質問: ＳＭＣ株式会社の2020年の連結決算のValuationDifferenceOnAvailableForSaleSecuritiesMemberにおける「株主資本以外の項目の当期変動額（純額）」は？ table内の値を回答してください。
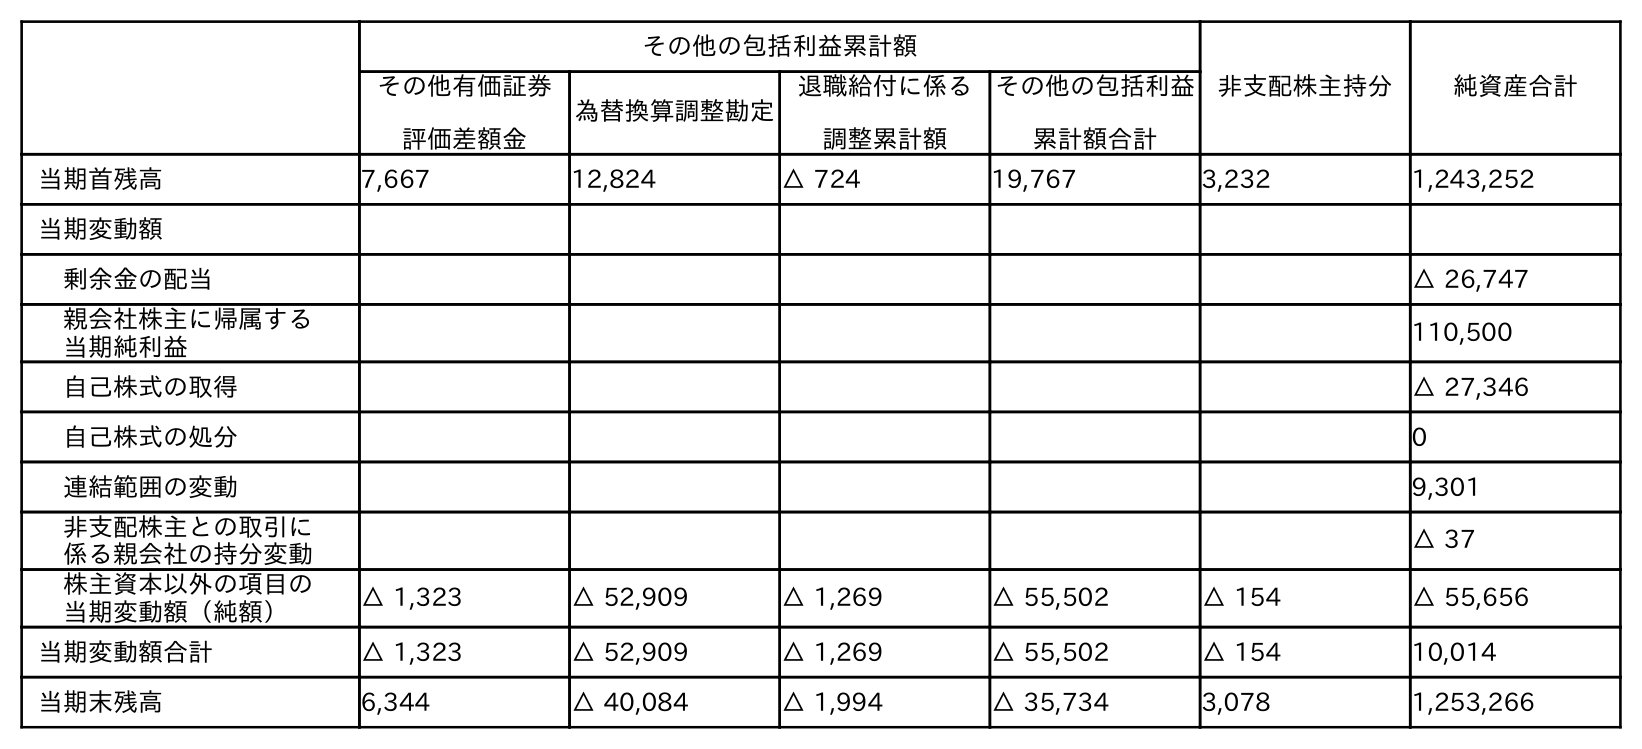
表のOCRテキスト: その他の包括利益累計額 非支配株主持分 純資産合計 その他有価証券 評価差額金 為替換算調整勘定 退職給付に係る 調整累計額 その他の包括利益 累計額合計 当期首残高 7,667 12,824 △ 724 19,767 3,232 1,243,252 当期変動額 剰余金の配当 △ 26,747 親会社株主に帰属する 当期純利益 110,500 自己株式の取得 △ 27,346 自己株式の処分 0 連結範囲の変動 9,301 非支配株主との取引に 係る親会社の持分変動 △ 37 株主資本以外の項目の 当期変動額（純額） △ 1,323 △ 52,909 △ 1,269 △ 55,502 △ 154 △ 55,656 当期変動額合計 △ 1,323 △ 52,909 △ 1,269 △ 55,502 △ 154 10,014 当期末残高 6,344 △ 40,084 △ 1,994 △ 35,734 3,078 1,253,266
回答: △1,323